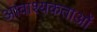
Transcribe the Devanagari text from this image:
आवाश्यकताओं